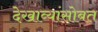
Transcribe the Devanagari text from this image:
देखाव्यांसोबत